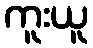
ကူးယူ